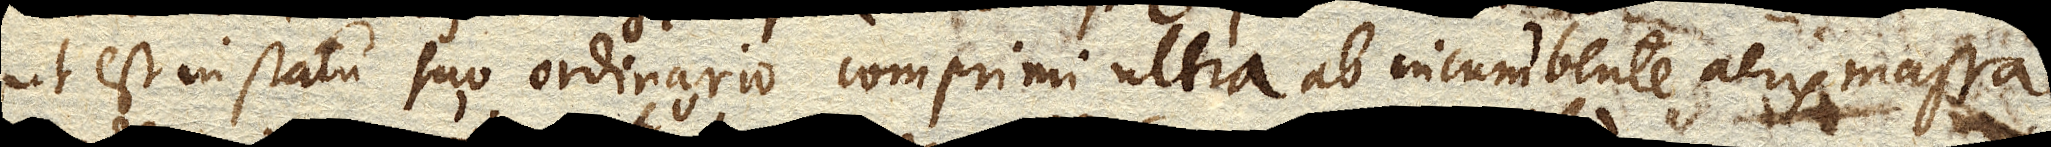
ut est in statu suo ordinario comprimi ultra ab incumbente aeris massa